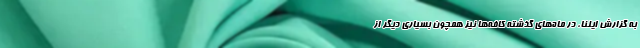
به گزارش ایلنا، در ماه‌هاى گذشته کافه‌ها نیز همچون بسیارى دیگر از